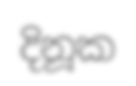
දිනූක